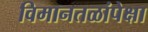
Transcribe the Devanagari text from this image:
विमानतळांपेक्षा